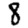
Digit: 8